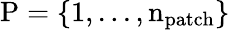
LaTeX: \mathrm{{P}=\{ 1,...,n_{\mathrm{{patch}}}\} }